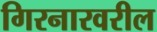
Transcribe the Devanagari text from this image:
गिरनारवरील